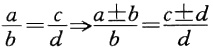
$\frac{a}{b}=\frac{c}{d}\Rightarrow\frac{a\pm b}{b}=\frac{c\pm d}{d}$